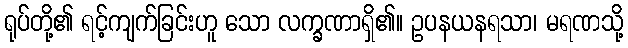
ရုပ်တို့၏ ရင့်ကျက်ခြင်းဟူ သော လက္ခဏာရှိ၏။ ဥပနယနရသာ၊ မရဏသို့